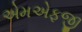
એમએફજી